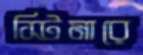
স্টিমারে